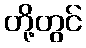
တို့တွင်